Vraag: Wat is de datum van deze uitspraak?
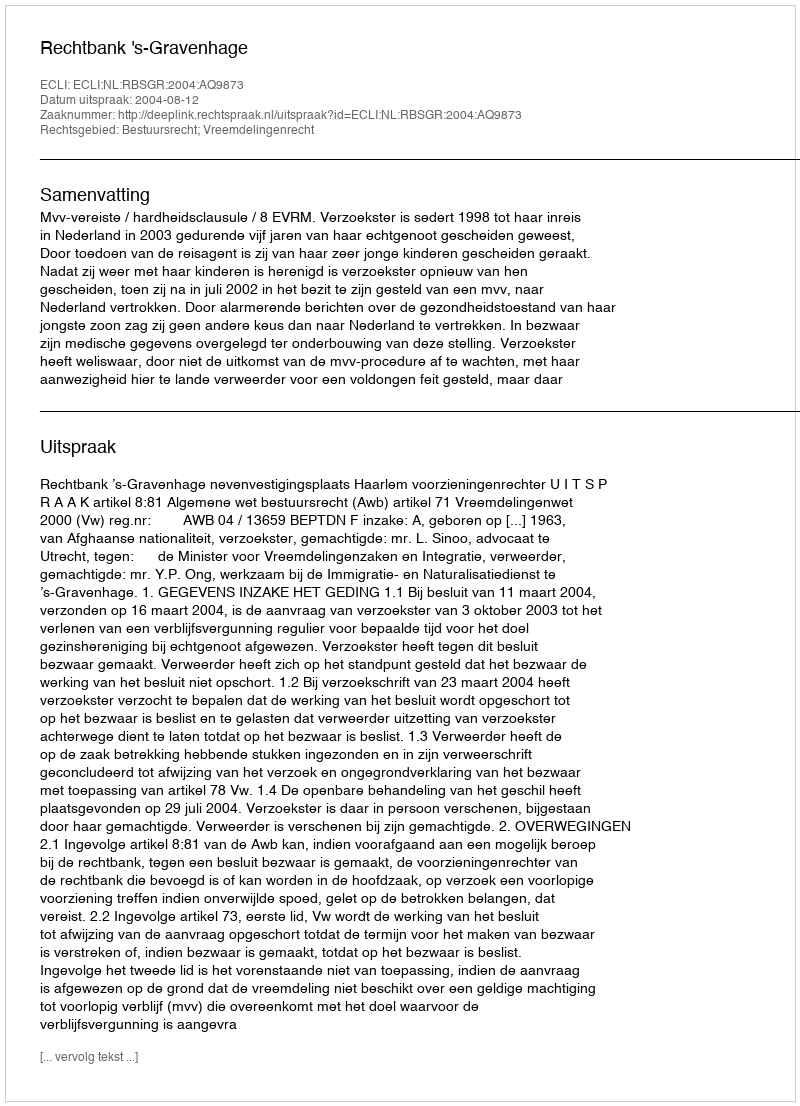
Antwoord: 2004-08-12